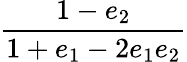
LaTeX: \displaystyle\frac{1-e_{2}}{1+e_{1}-2e_{1}e_{2}}